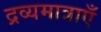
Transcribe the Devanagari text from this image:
द्रव्यमात्राएँ